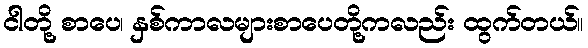
ငါတို့ စာပေ၊ နှစ်ကာလများစာပေတို့ကလည်း ထွက်တယ်။